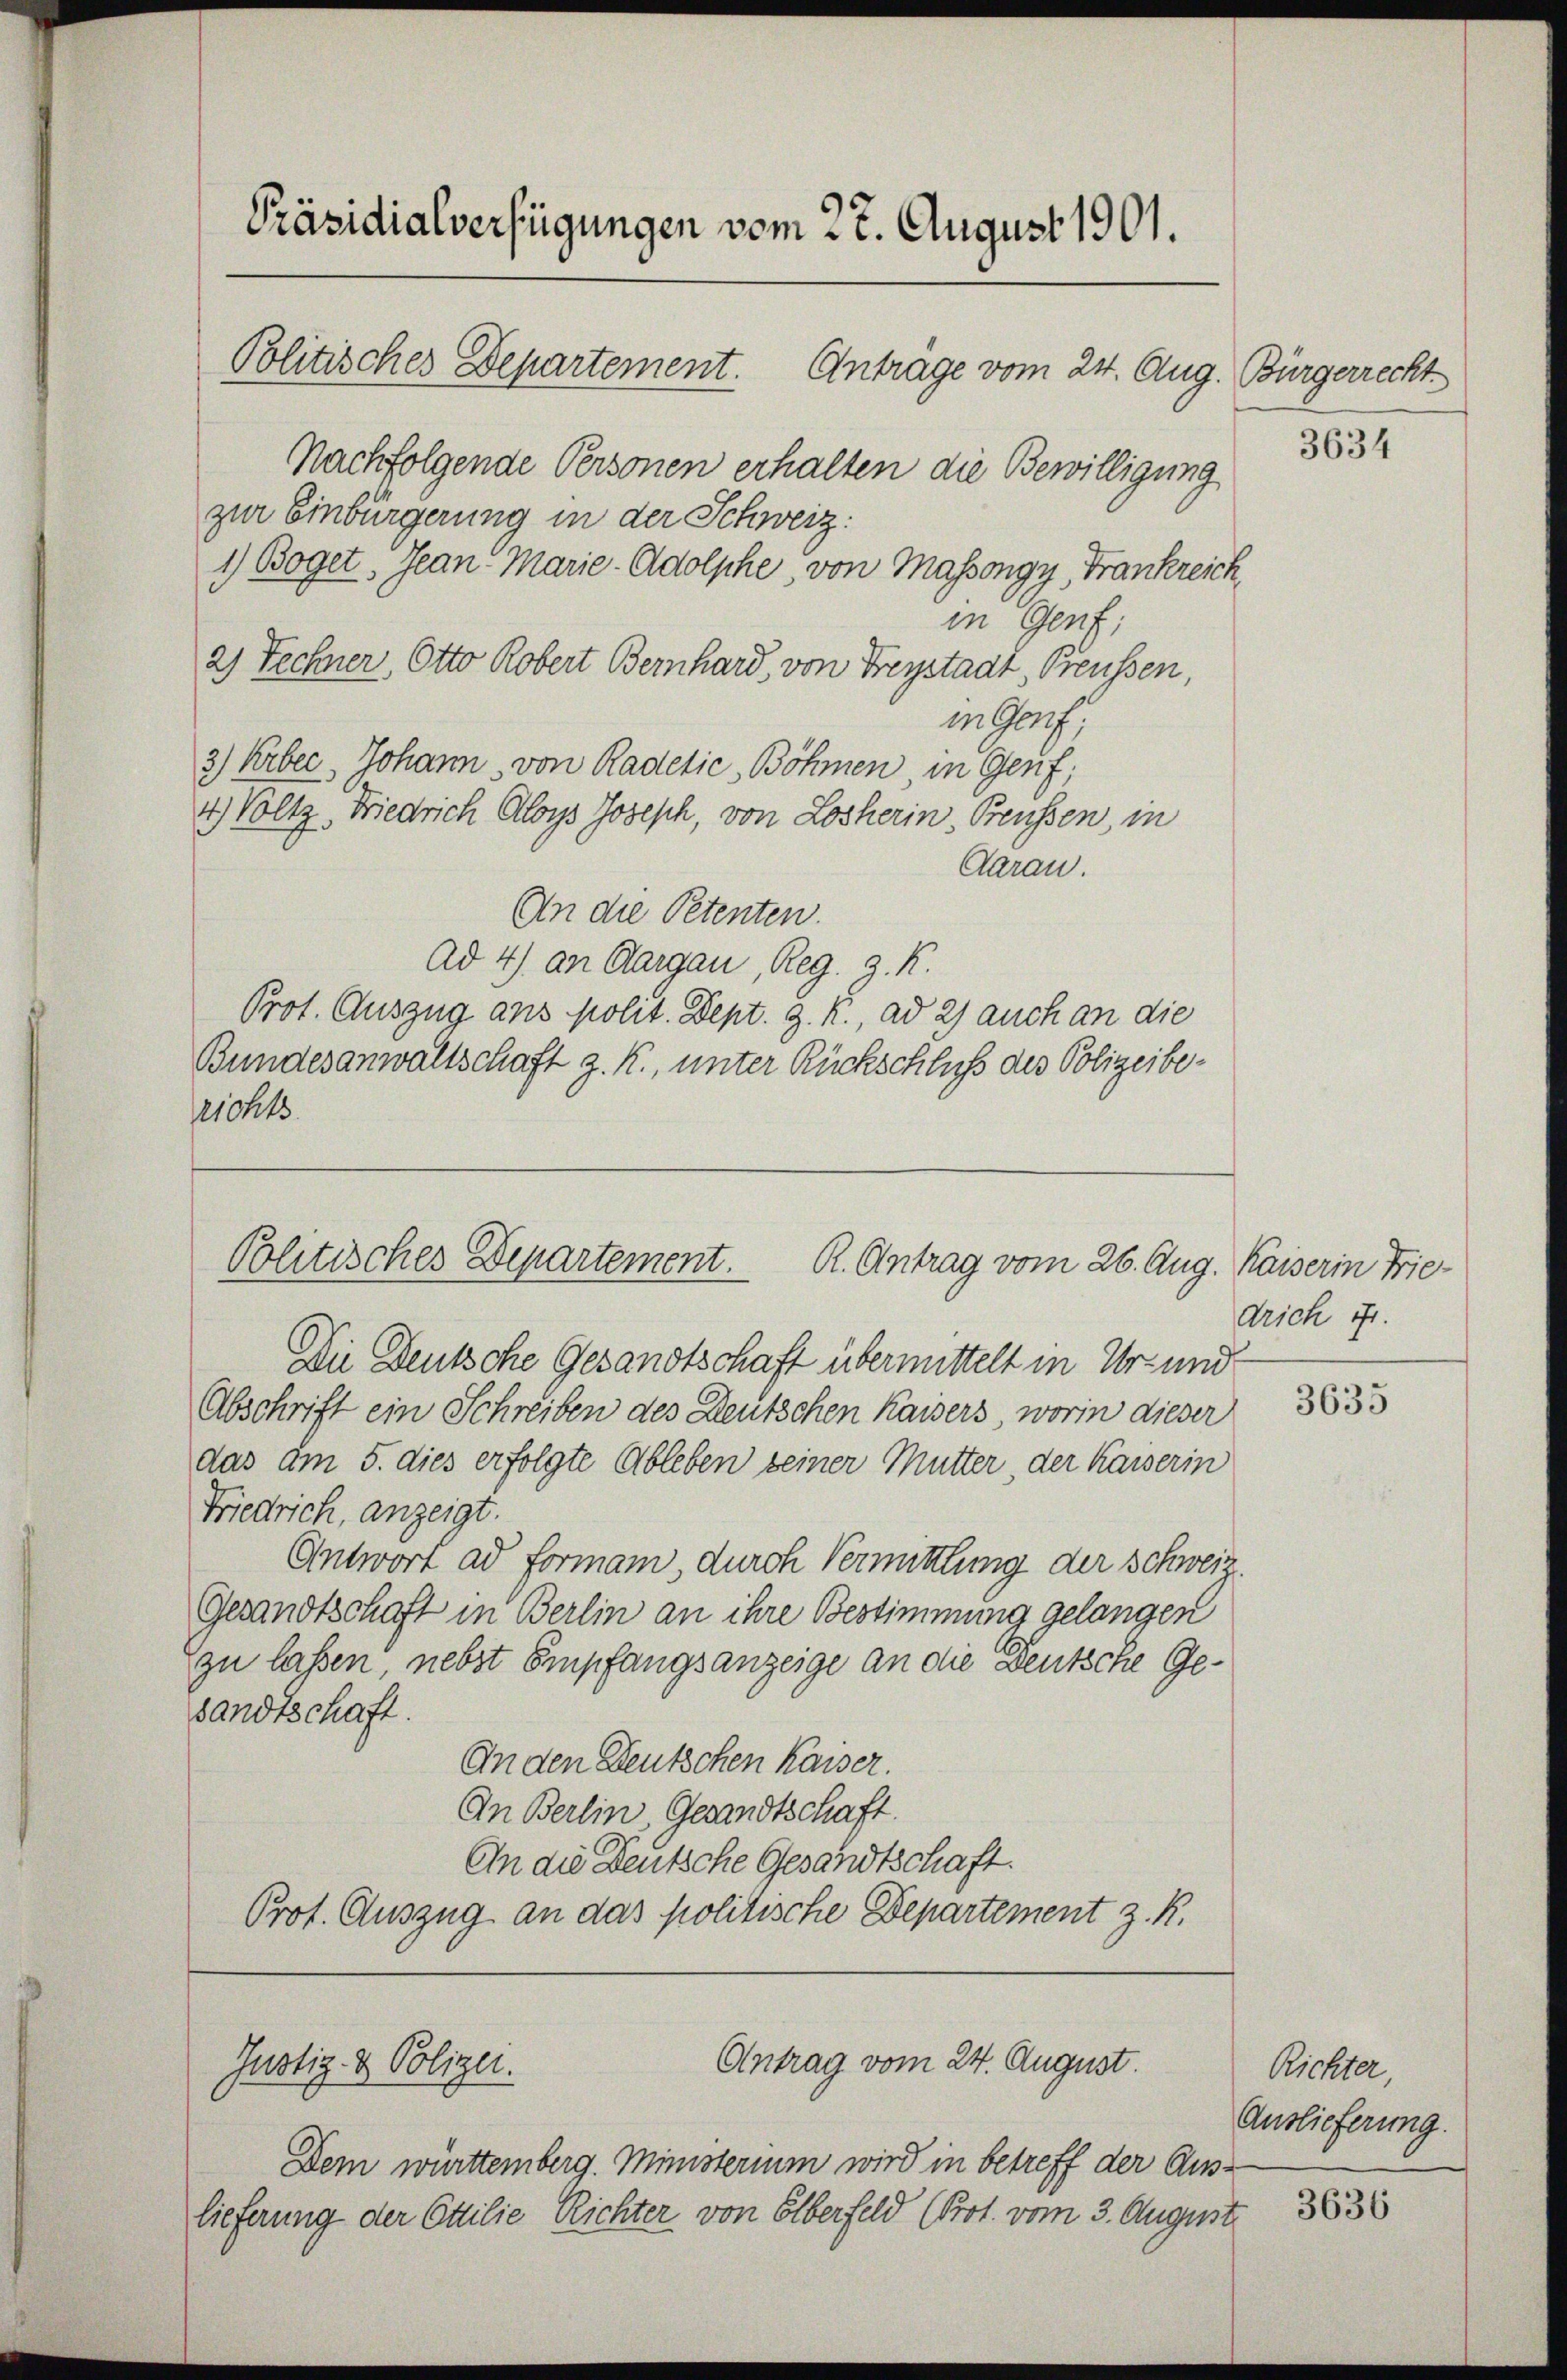
Nachfolgende Personen erhalten die Bewilligung
zur Einbürgerung in der Schweiz:
1) Boget, Jean-Marie-Adolphe, von Massongy, Frankreich,
in Genf;
2) Techner, Otto Robert Bernhard, von Freystaat, Preussen,
in Genf,
3) Erber Johann, von Radelić, Böhmen, in Genf;
4) Voltz, Friedrich Aloys Joseph, von Losherin, Preussen, in
Daran.
An die Petenten.
Ad 4) an Aargau, Reg. 3. K.
Prot. Auszug ans polit. Dept. z. R., ad 2) auch an die
Bundesanwaltschaft z. K., unter Rückschluß des Polizeibeerchts

Präsidialverfügungen vom 27. August 1901.

Politisches Departement. Antrage vom 24. Aug. Bürgerrecht

Politisches Departement. R. Antrag vom 26. Aug. Kaiserin Frie¬

Antrag vom 24. August.
Justiz- & Polizei.

Dem württemberg. Ministerium wird in betreff der Auslieferung der Ottilie Richter von Elberfeld (Prot. vom 3. August

Die Deutsche Gesandtschaft übermittelt in Ur- und
Abschrift ein Schreiben des Deutschen Kaisers, worin dieser
das am 5. dies erfolgte Ableben seiner Mutter, der Kaiserin
Friedrich, anzeigt.
Antwort ad Formann, durch Vermittlung der Schweiz.
Gesandtschaft in Berlin an ihre Bestimmung gelangen
zu lassen, nebst Empfangsanzeige an die Deutsche Gesandtschaft.
An den Deutschen Kaiser.
An Berlin, Gesandtschaft.
An die Deutsche Gesandtschaft.
Prot. Auszug an das politische Departement z. R.

3634

drich ift.

3635

Richter,
Auslieferung.

3636